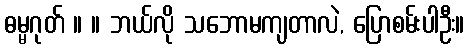
ဓမ္မဂုတ် ။ ။ ဘယ်လို သဘောမကျတာလဲ, ပြောစမ်းပါဦး။